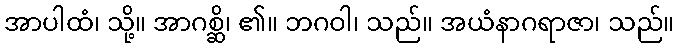
အာပါထံ၊ သို့။ အာဂစ္ဆိ၊ ၏။ ဘဂဝါ၊ သည်။ အယံနာဂရာဇာ၊ သည်။